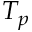
T _ { p }